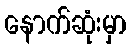
နောက်ဆုံးမှာ